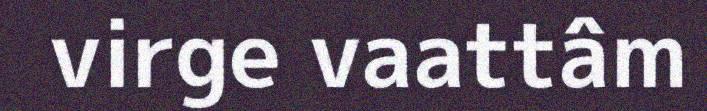
virge vaattâm